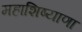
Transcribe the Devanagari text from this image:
महाशिष्याणा